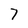
Character: 7